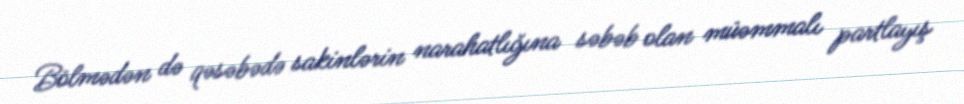
Bölmədən də qəsəbədə sakinlərin narahatlığına səbəb olan müəmmalı partlayış